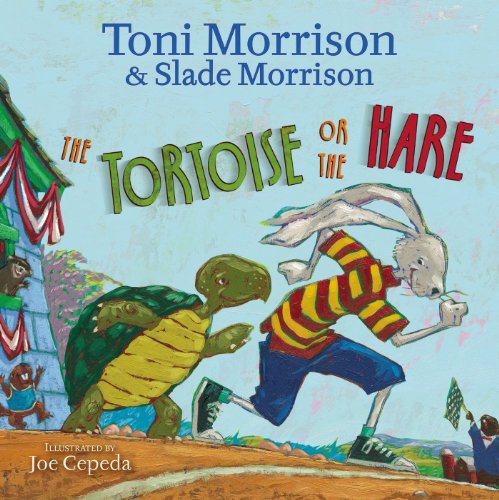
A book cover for The Tortoise or the Hare; Toni Morrison; Children's Books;